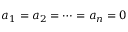
a _ { 1 } = a _ { 2 } = \cdots = a _ { n } = 0